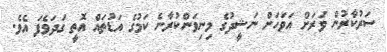
ސަރުކާރުން ވަރަށް އަވަހަށް ނަޝީދުގެ މިނިވަންކުރާނެ ކަމުގެ އަޑުތައް އޮތީ ގަދަވެފަ އެވެ.